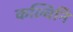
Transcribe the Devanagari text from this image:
कल्चिनि